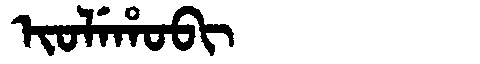
Manchu: ᡳᠣᠯᡝᡥᠣᠪᡳ
Romanization: IOLEHOBI